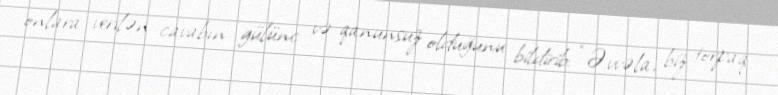
onlara verilən cavabın gülünc və qanunsuz olduğunu bildirib: “Əvvəla, biz torpaq